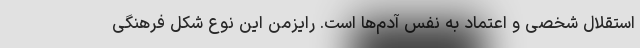
استقلال شخصی و اعتماد به نفس آدم‌ها است. رایزمن این نوع شکل فرهنگی